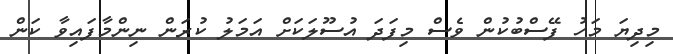
މިދިޔަ މަހު ފޭސްބުކުން ވެސް މިފަދަ އުސޫލަކަށް އަމަލު ކުރަން ނިންމާފައިވާ ކަން